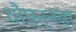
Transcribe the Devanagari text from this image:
चौपन्नवा